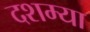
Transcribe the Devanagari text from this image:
दशम्या